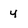
Character: 4